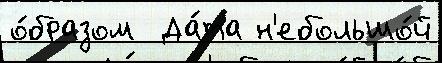
о́бразом  Да́та н'ебольшо́й